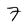
Character: 7